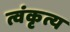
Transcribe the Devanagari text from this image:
त्वंकृत्य